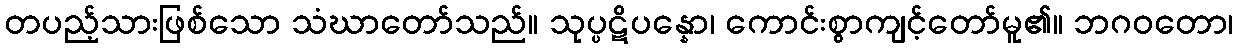
တပည့်သားဖြစ်သော သံဃာတော်သည်။ သုပ္ပဋိပန္နော၊ ကောင်းစွာကျင့်တော်မူ၏။ ဘဂဝတော၊